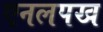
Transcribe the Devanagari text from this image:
एनलपख